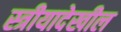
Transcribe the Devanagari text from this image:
स्त्रीयादेखील